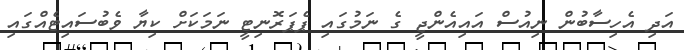
އަދި އެހިސާބުން ނިއުސް އައިއެންޖީ ގެ ނަމުގައި ޕެޕަރޮނިޓީ ނަމަކަށް ކިޔާ ވެބުސައިޓެއްގައި